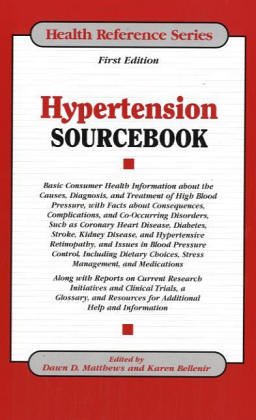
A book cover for Hypertension Sourcebook: Basic Consumer Health Information About the Causes, Diagnosis, and Treatment of High Blood Pressure, with Facts about Consequences, Complications, and (Health Reference); Dawn D. Matthews; Health, Fitness & Dieting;